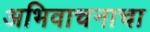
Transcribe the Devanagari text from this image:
अभिवाचनाचा